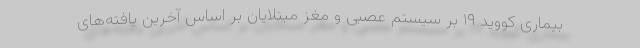
بیماری کووید ۱۹ بر سیستم‌ عصبی و مغز مبتلایان بر اساس آخرین یافته‌های